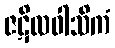
ဇဋိလဝါသိကံ